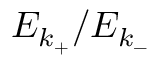
E _ { k _ { + } } / E _ { k _ { - } }